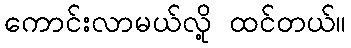
ကောင်းလာမယ်လို့ ထင်တယ်။